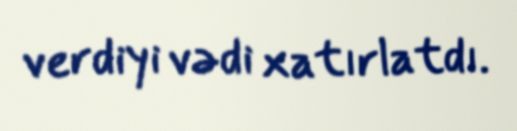
verdiyi vədi xatırlatdı.